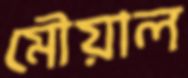
মৌয়াল